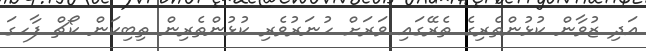
އަދި ޒުވާން ކުޅުންތެރިގެ ތެރޭގައި ވަރަށް ހުނަރުވެރި ކުޅުންތެރިން ތިބިކަން ކޯޗް ފާހގަ